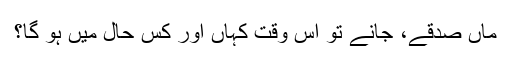
ماں صدقے، جانے تو اس وقت کہاں اور کس حال میں ہو گا؟